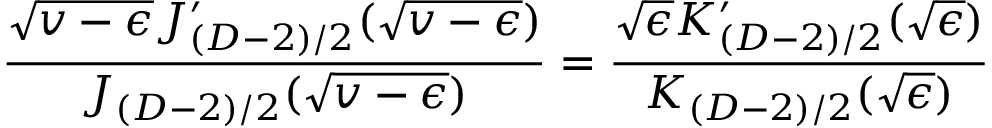
\frac { \sqrt { v - \epsilon } J _ { ( D - 2 ) / 2 } ^ { \prime } ( \sqrt { v - \epsilon } ) } { J _ { ( D - 2 ) / 2 } ( \sqrt { v - \epsilon } ) } = \frac { \sqrt { \epsilon } K _ { ( D - 2 ) / 2 } ^ { \prime } ( \sqrt { \epsilon } ) } { K _ { ( D - 2 ) / 2 } ( \sqrt { \epsilon } ) }